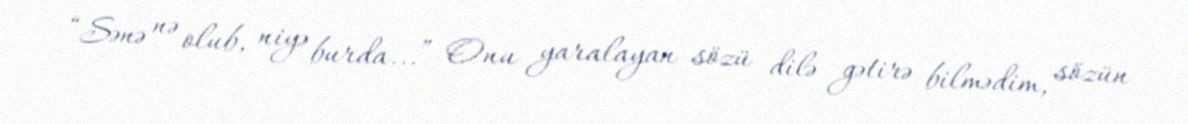
“Sənə nə olub, niyə burda...” Onu yaralayan sözü dilə gətirə bilmədim, sözün